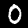
Label: 0